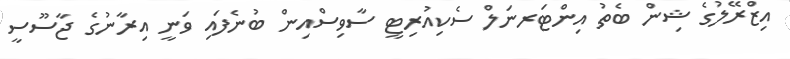
އިޒްރޭލުގެ ޝިން ބެތު އިންޓަރނަލް ސެކިއުރިޓީ ސާވިސްއިން ބުނެފައި ވަނީ އިރާނުގެ ޖާސޫސީ